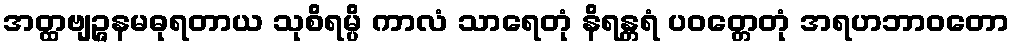
အတ္ထဗျဉ္ဇနမဓုရတာယ သုစိရမ္ပိ ကာလံ သာရေတုံ နိရန္တရံ ပဝတ္တေတုံ အရဟဘာဝတော